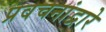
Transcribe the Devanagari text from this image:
प्रवचनांद्वारे